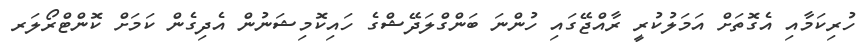
ހުރިކަމާއި އެގޮތަށް އަމަލުކުރީ ރާއްޖޭގައި ހުންނަ ބަންގްލަދޭޝްގެ ހައިކޮމިޝަނުން އެދިގެން ކަމަށް ކޮންޓްރޯލަރ